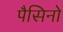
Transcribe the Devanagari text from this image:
पैसिनो